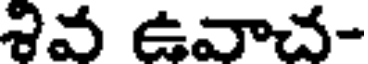
శివ ఉవాచ-